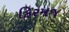
કિરમજ